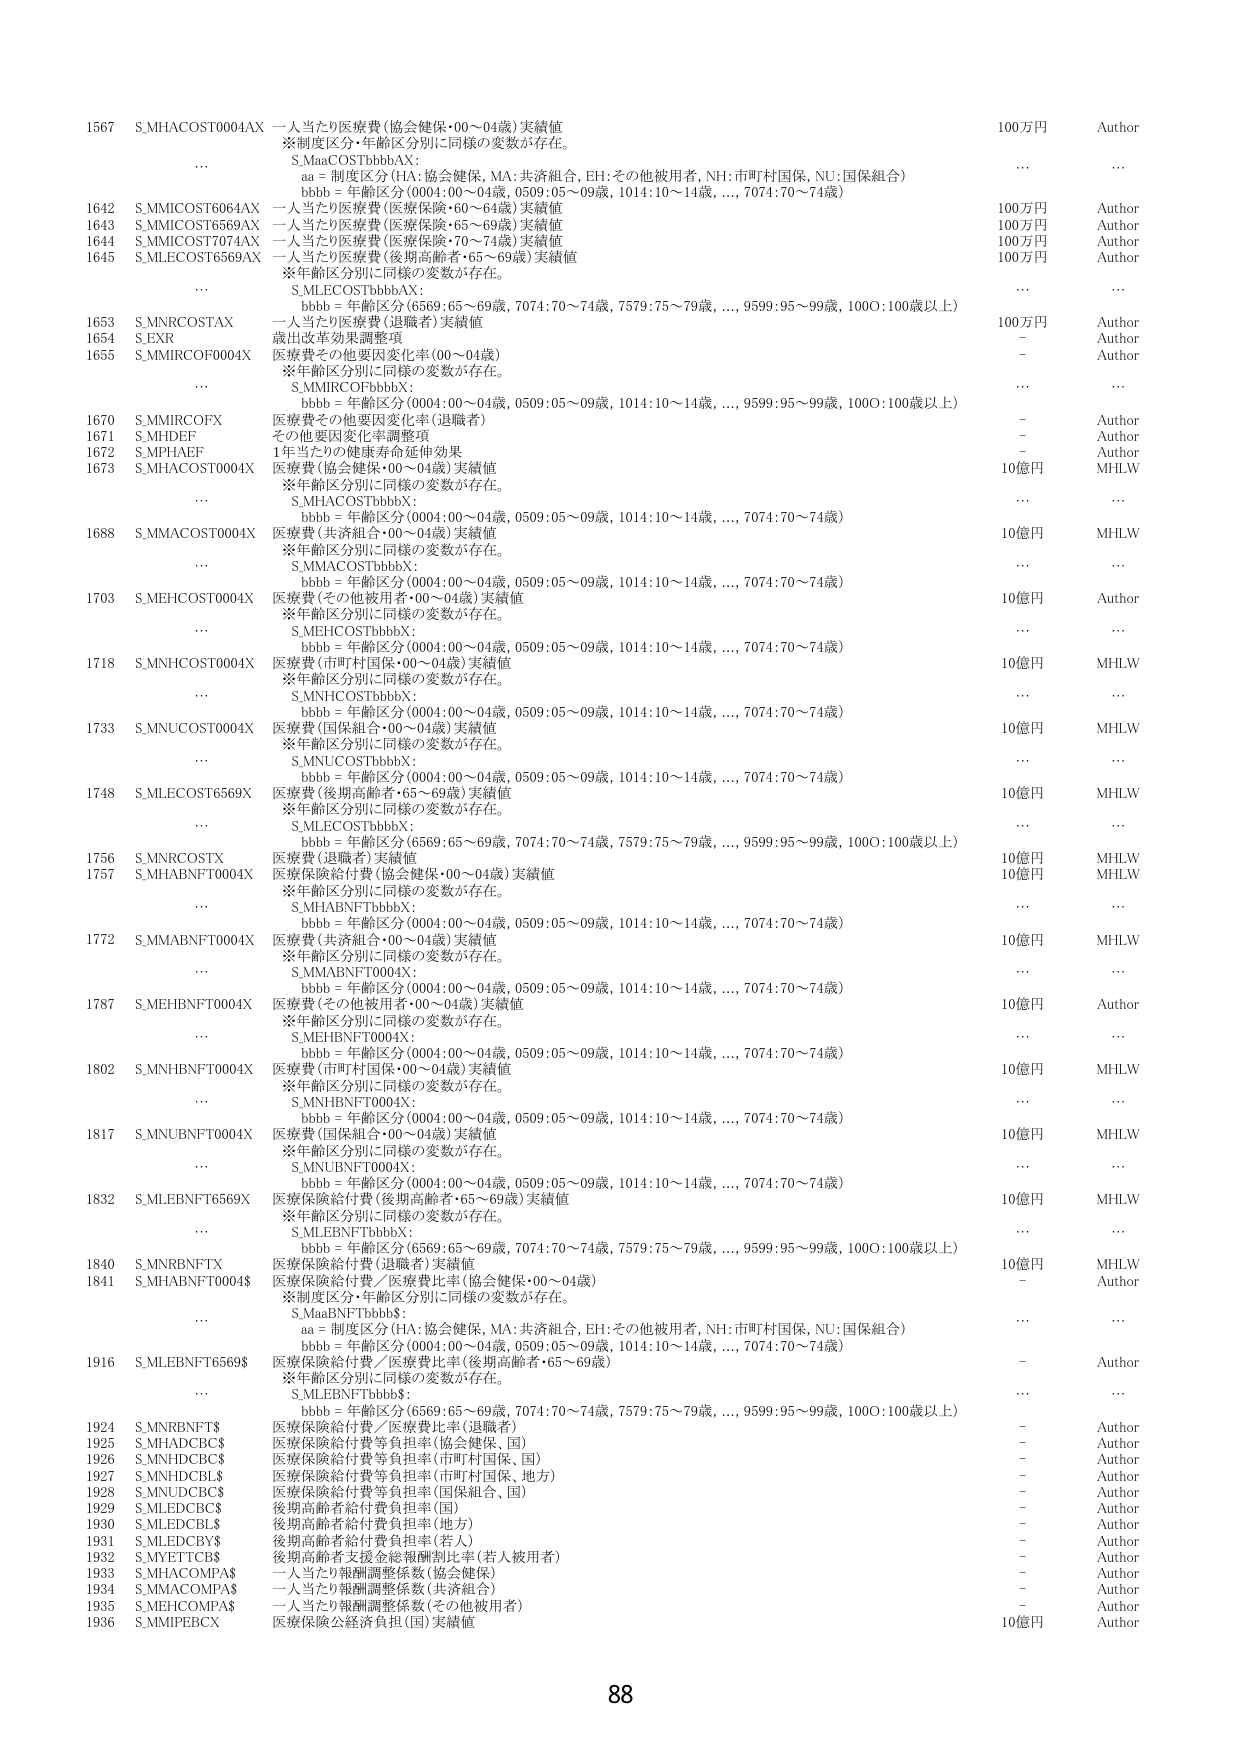
1567 S.MHACOST0004AX 一人当たり医療費（協会健保・00～04歳）実績値 100万円 Author
※制度区分・年齢区分別に同様の変数が存在。
... S.MaaCOSTbbbAX:
aa = 制度区分（HA:協会健保, MA:共済組合, EH:その他被用者, NH:市町村国保, NU:国保組合）
bbb = 年齢区分（0004:00～04歳, 0509:05～09歳, 1014:10～14歳,..., 7074:70～74歳）
......

1642 S.MMICOST6064AX 一人当たり医療費（医療保険・60～64歳）実績値 100万円 Author
1643 S.MMICOST6569AX 一人当たり医療費（医療保険・65～69歳）実績値 100万円 Author
1644 S.MMICOST7074AX 一人当たり医療費（医療保険・70～74歳）実績値 100万円 Author
1645 S.MLECOST6569AX 一人当たり医療費（後期高齢者・65～69歳）実績値 100万円 Author
※年齢区分別に同様の変数が存在。
... S.MLECOSTbbbAX:
bbb = 年齢区分（6569:65～69歳, 7074:70～74歳, 7579:75～79歳,..., 9599:95～99歳, 1000:100歳以上）
......

1653 S.MNRCOSTAX 一人当たり医療費（退職者）実績値 100万円 Author
1654 S.EXR 裁出改革効果調整項 - Author
1655 S.MMIRCOF0004X 医療費その他要因変化率（00～04歳） - Author
※年齢区分別に同様の変数が存在。
... S.MMIRCOfbbbX:
bbb = 年齢区分（0004:00～04歳, 0509:05～09歳, 1014:10～14歳,..., 9599:95～99歳, 1000:100歳以上）
......

1670 S.MMIRCOFX 医療費その他要因変化率（退職者） - Author
1671 S.MHDEF その他要因変化率調整項 - Author
1672 S.MPHAEF 1年当たりの健康寿命延伸効果 - Author
1673 S.MHACOST0004X 医療費（協会健保・00～04歳）実績値 10億円 MHLW
※年齢区分別に同様の変数が存在。
... S.MHACOSTbbbX:
bbb = 年齢区分（0004:00～04歳, 0509:05～09歳, 1014:10～14歳,..., 7074:70～74歳）
......

1688 S.MMACOST0004X 医療費（共済組合・00～04歳）実績値 10億円 MHLW
※年齢区分別に同様の変数が存在。
... S.MMACOSTbbbX:
bbb = 年齢区分（0004:00～04歳, 0509:05～09歳, 1014:10～14歳,..., 7074:70～74歳）
......

1703 S.MEHCOST0004X 医療費（その他被用者・00～04歳）実績値 10億円 Author
※年齢区分別に同様の変数が存在。
... S.MEHCOSTbbbX:
bbb = 年齢区分（0004:00～04歳, 0509:05～09歳, 1014:10～14歳,..., 7074:70～74歳）
......

1718 S.MNHCOST0004X 医療費（市町村国保・00～04歳）実績値 10億円 MHLW
※年齢区分別に同様の変数が存在。
... S.MNHCOSTbbbX:
bbb = 年齢区分（0004:00～04歳, 0509:05～09歳, 1014:10～14歳,..., 7074:70～74歳）
......

1733 S.MNUCOST0004X 医療費（国保組合・00～04歳）実績値 10億円 MHLW
※年齢区分別に同様の変数が存在。
... S.MNUCOSTbbbX:
bbb = 年齢区分（0004:00～04歳, 0509:05～09歳, 1014:10～14歳,..., 7074:70～74歳）
......

1748 S.MLECOST6569X 医療費（後期高齢者・65～69歳）実績値 10億円 MHLW
※年齢区分別に同様の変数が存在。
... S.MLECOSTbbbX:
bbb = 年齢区分（6569:65～69歳, 7074:70～74歳, 7579:75～79歳,..., 9599:95～99歳, 1000:100歳以上）
......

1756 S.MNRCOSTX 医療費（退職者）実績値 10億円 MHLW
1757 S.MHABNFT0004X 医療保険給付費（協会健保・00～04歳）実績値 10億円 MHLW
※年齢区分別に同様の変数が存在。
... S.MHABNFTbbbX:
bbb = 年齢区分（0004:00～04歳, 0509:05～09歳, 1014:10～14歳,..., 7074:70～74歳）
......

1772 S.MMABNFT0004X 医療費（共済組合・00～04歳）実績値 10億円 MHLW
※年齢区分別に同様の変数が存在。
... S.MMABNFT0004X:
bbb = 年齢区分（0004:00～04歳, 0509:05～09歳, 1014:10～14歳,..., 7074:70～74歳）
......

1787 S.MEHBENFT0004X 医療費（その他被用者・00～04歳）実績値 10億円 Author
※年齢区分別に同様の変数が存在。
... S.MEHBENFT0004X:
bbb = 年齢区分（0004:00～04歳, 0509:05～09歳, 1014:10～14歳,..., 7074:70～74歳）
......

1802 S.MNHBENFT0004X 医療費（市町村国保・00～04歳）実績値 10億円 MHLW
※年齢区分別に同様の変数が存在。
... S.MNHBENFT0004X:
bbb = 年齢区分（0004:00～04歳, 0509:05～09歳, 1014:10～14歳,..., 7074:70～74歳）
......

1817 S.MNUBNFT0004X 医療費（国保組合・00～04歳）実績値 10億円 MHLW
※年齢区分別に同様の変数が存在。
... S.MNUBNFT0004X:
bbb = 年齢区分（0004:00～04歳, 0509:05～09歳, 1014:10～14歳,..., 7074:70～74歳）
......

1832 S.MLEBNFT6569X 医療保険給付費（後期高齢者・65～69歳）実績値 10億円 MHLW
※年齢区分別に同様の変数が存在。
... S.MLEBNFTbbbX:
bbb = 年齢区分（6569:65～69歳, 7074:70～74歳, 7579:75～79歳,..., 9599:95～99歳, 1000:100歳以上）
......

1840 S.MNRBNFTX 医療保険給付費（退職者）実績値 10億円 MHLW
1841 S.MHABNFT0004$ 医療保険給付費／医療費比率（協会健保・00～04歳） - Author
※制度区分・年齢区分別に同様の変数が存在。
... S.MaaBNFTbbb$:
aa = 制度区分（HA:協会健保, MA:共済組合, EH:その他被用者, NH:市町村国保, NU:国保組合）
bbb = 年齢区分（0004:00～04歳, 0509:05～09歳, 1014:10～14歳,..., 7074:70～74歳）
......

1916 S.MLEBNFT6569$ 医療保険給付費／医療費比率（後期高齢者・65～69歳） - Author
※年齢区分別に同様の変数が存在。
... S.MLEBNFTbbb$:
bbb = 年齢区分（6569:65～69歳, 7074:70～74歳, 7579:75～79歳,..., 9599:95～99歳, 1000:100歳以上）
......

1924 S.MNRBNFT$ 医療保険給付費／医療費比率（退職者） - Author
1925 S.MHADCBC$ 医療保険給付費等負担率（協会健保、国） - Author
1926 S.MNHDCBC$ 医療保険給付費等負担率（市町村国保、国） - Author
1927 S.MNHDCBL$ 医療保険給付費等負担率（市町村国保、地方） - Author
1928 S.MNUDCBC$ 医療保険給付費等負担率（国保組合、国） - Author
1929 S.MLEDCBC$ 後期高齢者給付費負担率（国） - Author
1930 S.MLEDCBL$ 後期高齢者給付費負担率（地方） - Author
1931 S.MLEDCBY$ 後期高齢者給付費負担率（若人） - Author
1932 S.MYETTCB$ 後期高齢者支援金総報酬割比率（若人被用者） - Author
1933 S.MHACOMPA$ 一人当たり報酬調整係数（協会健保） - Author
1934 S.MMACOMPA$ 一人当たり報酬調整係数（共済組合） - Author
1935 S.MHECOMPA$ 一人当たり報酬調整係数（その他被用者） - Author
1936 S.MMIPEBCX 医療保険公経済負担（国）実績値 10億円 Author

88